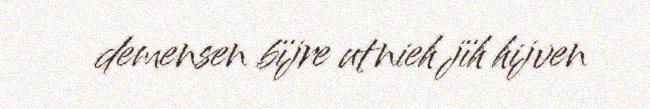
demensen bïjre utnieh jïh hijven